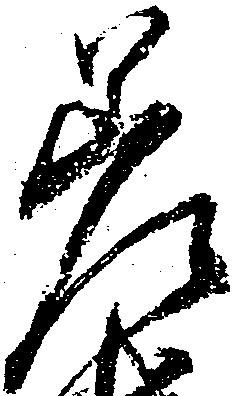
差